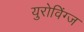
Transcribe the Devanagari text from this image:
युरोविंग्ज